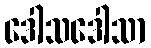
ဒေါသဒေါသာ